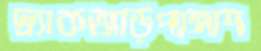
দ্র্যাকআড়পাঙ্গাশ